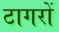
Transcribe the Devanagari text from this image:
टागरों